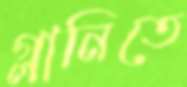
গ্লানিতে